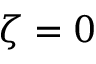
\zeta = 0